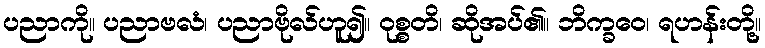
ပညာကို။ ပညာဗလံ၊ ပညာဗိုလ်ဟူ၍။ ဝုစ္စတိ၊ ဆိုအပ်၏။ ဘိက္ခဝေ၊ ရဟန်းတို့။